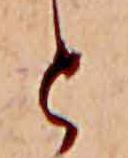
と